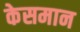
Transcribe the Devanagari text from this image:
केसमान